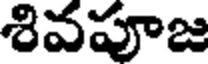
శివపూజ